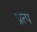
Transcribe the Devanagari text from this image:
प्रात्प